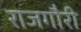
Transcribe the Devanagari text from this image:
राजगौरी